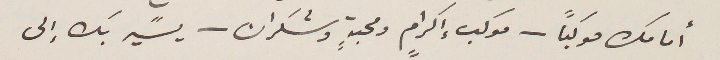
أمامك موكباً - موكب إكراٍم ومحبةٍ وشُكران - يسًير بك إلى